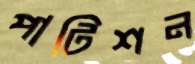
পাটিশন